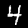
Digit: 4